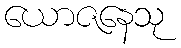
ယောဇနေသု